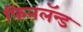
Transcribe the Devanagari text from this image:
फिनलॅन्ड